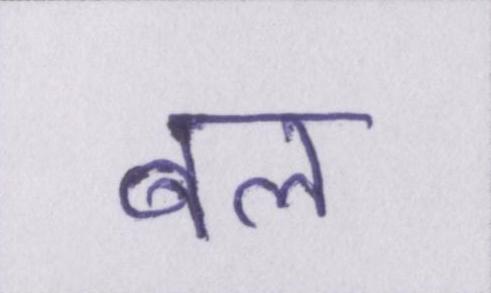
बल